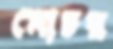
মোচর